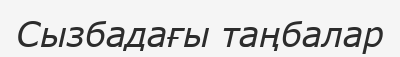
Сызбадағы таңбалар